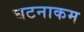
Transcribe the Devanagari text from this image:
घटनाकम